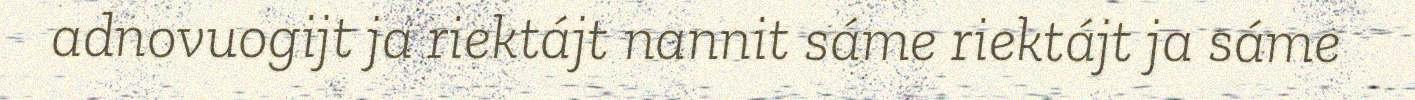
adnovuogijt ja riektájt nannit sáme riektájt ja sáme